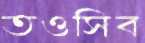
তওসিব